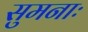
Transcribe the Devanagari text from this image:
सुमनाः